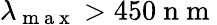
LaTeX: \lambda_{\mathrm{~m~a~x~}}>450\mathrm{~n~m~}